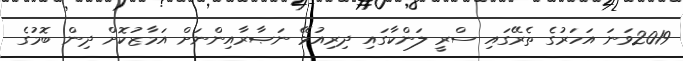
2019ވަނަ އަހަރުގެ ތެރޭގައި ސްރީ ލަންކާގައި ދިރިއުޅޭ ނަޞާރާއިންނަށް އަމާޒުކޮށް ދިން ބޮމުގެ